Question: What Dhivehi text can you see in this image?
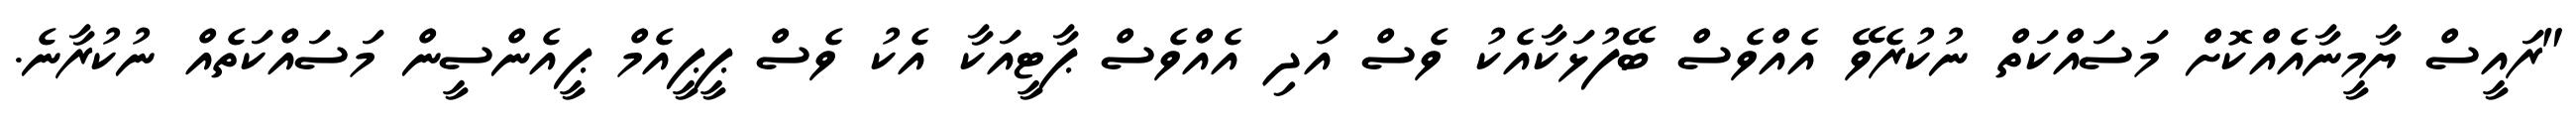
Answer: "ރައީސް ޔާމީނާއެއްކޮށް މަސައްކަތް ނުކުރެވޭ އެއްވެސް ބޭފުޅަކާއެކު ވެސް އަދި އެއްވެސް ޕާޓީއަކާ އެކު ވެސް ޕީޕީއެމް ޕީއެންސީން މަސައްކަތެއް ނުކުރާނެ.